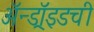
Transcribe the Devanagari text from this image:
ॲन्ड्रॉइडची